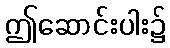
ဤဆောင်းပါး၌